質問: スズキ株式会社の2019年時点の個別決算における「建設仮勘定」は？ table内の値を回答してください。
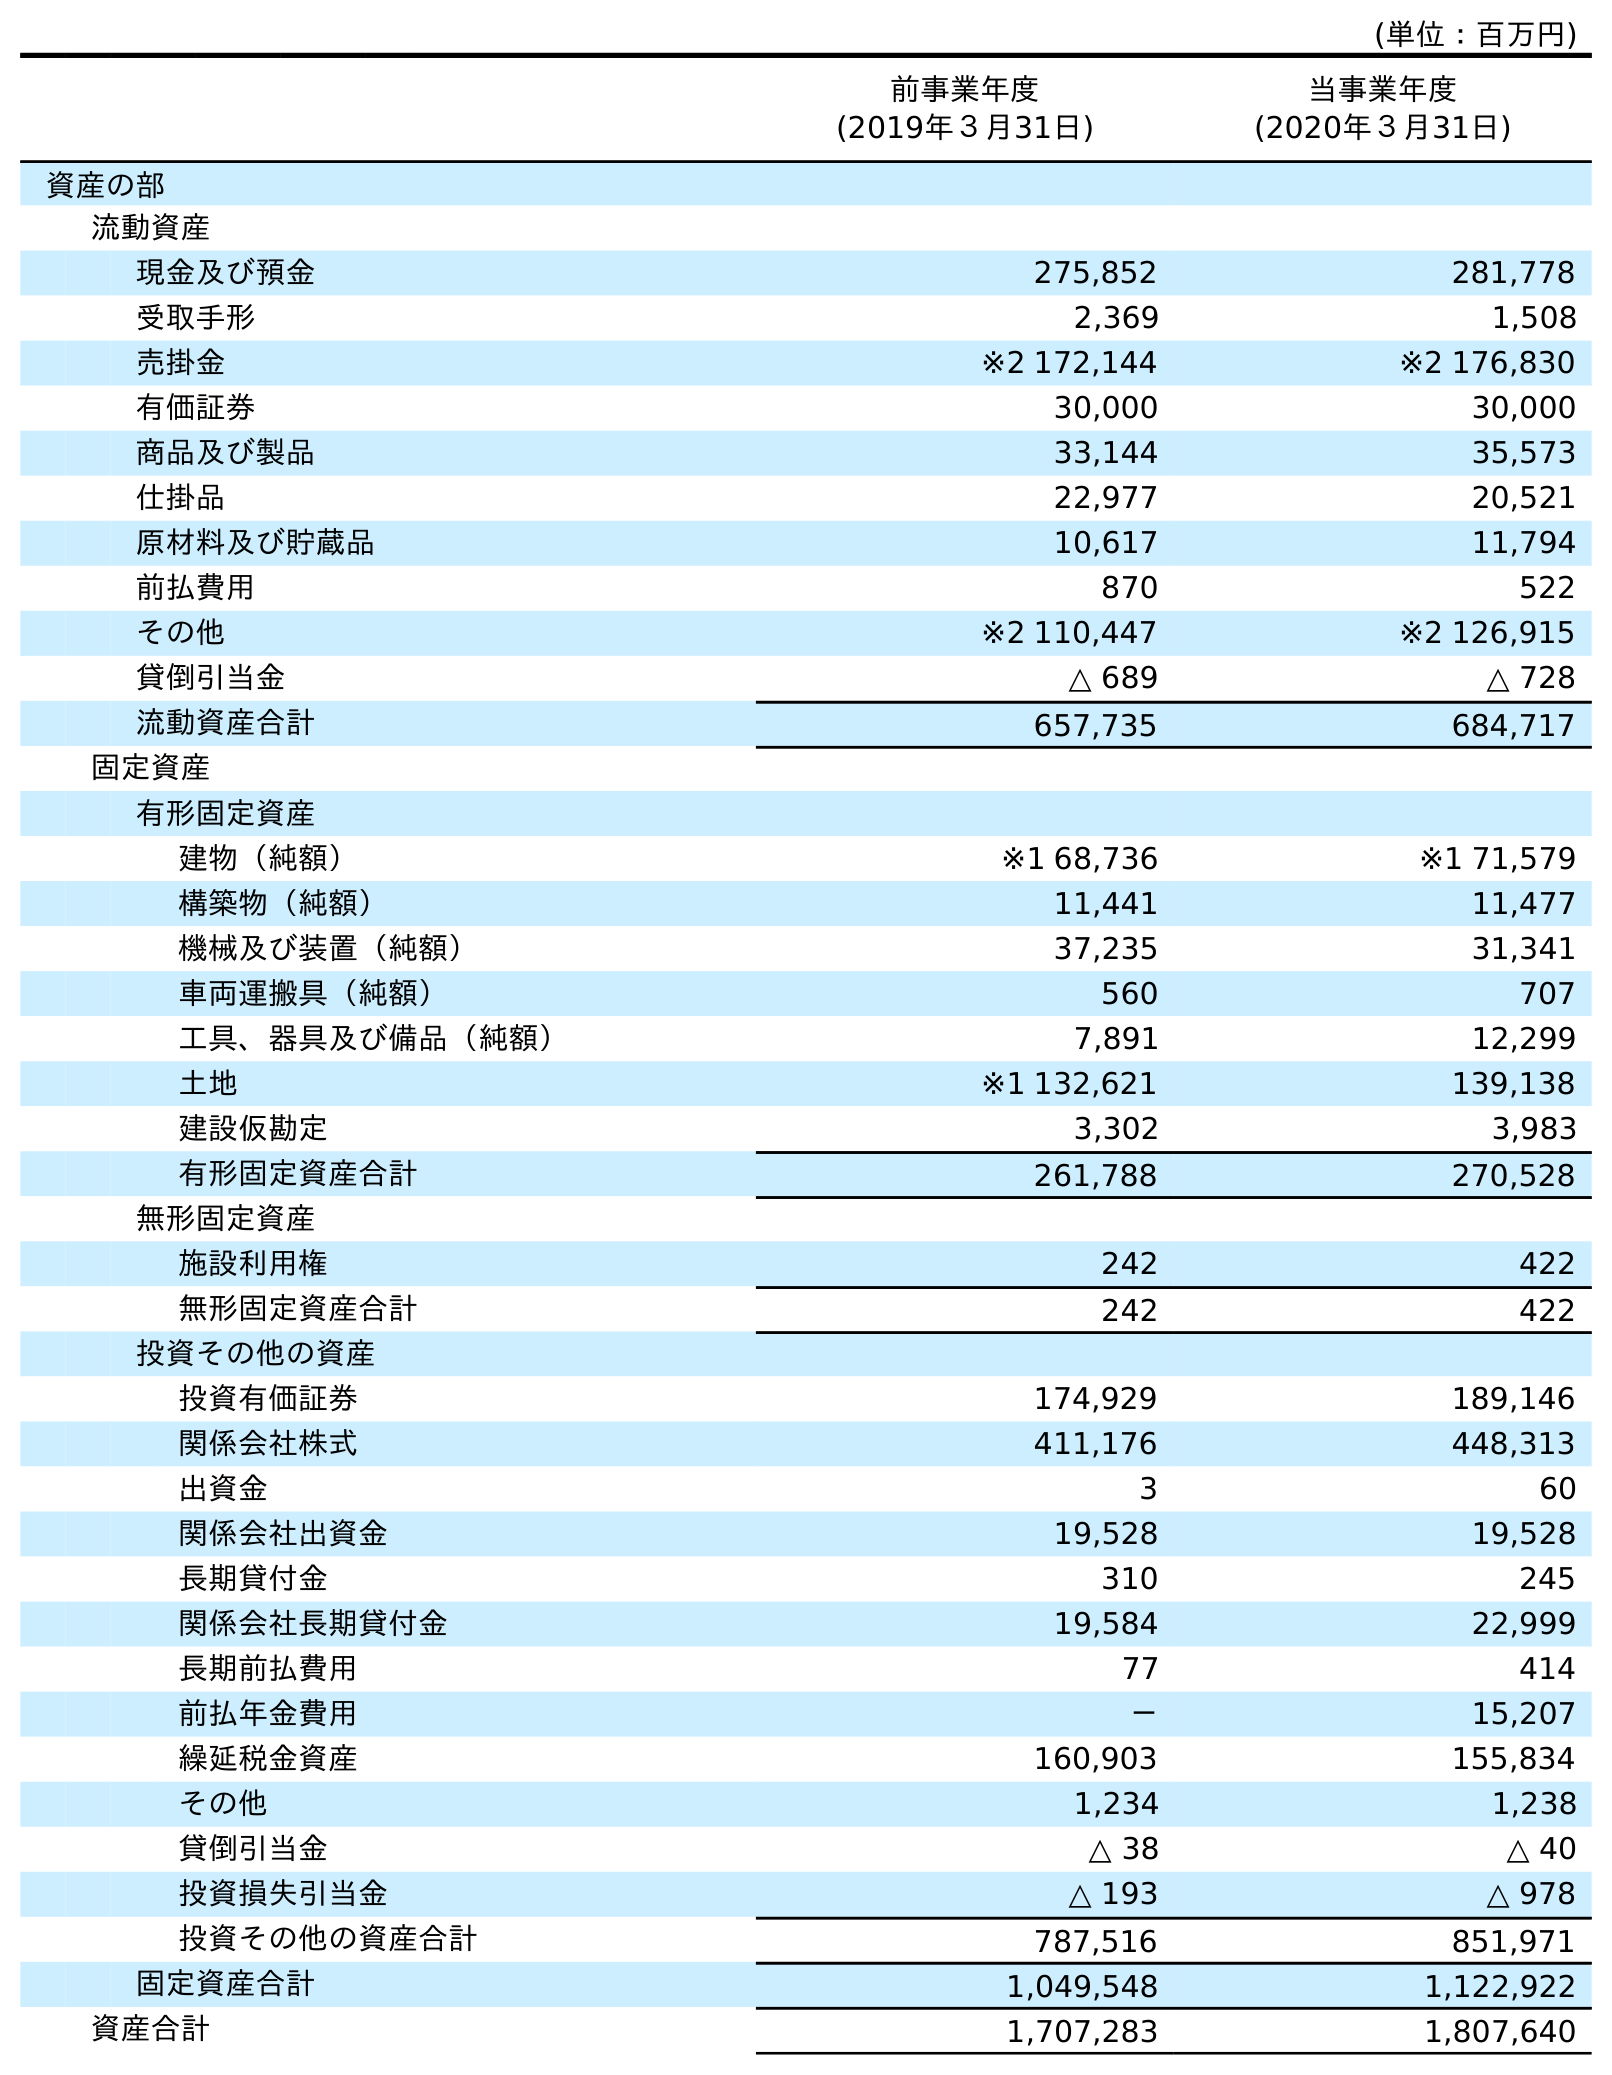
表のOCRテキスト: (単位：百万円) 前事業年度 (2019年３月31日) 当事業年度 (2020年３月31日) 資産の部 流動資産 現金及び預金 275,852 281,778 受取手形 2,369 1,508 売掛金 ※2 172,144 ※2 176,830 有価証券 30,000 30,000 商品及び製品 33,144 35,573 仕掛品 22,977 20,521 原材料及び貯蔵品 10,617 11,794 前払費用 870 522 その他 ※2 110,447 ※2 126,915 貸倒引当金 △ 689 △ 728 流動資産合計 657,735 684,717 固定資産 有形固定資産 建物（純額） ※1 68,736 ※1 71,579 構築物（純額） 11,441 11,477 機械及び装置（純額） 37,235 31,341 車両運搬具（純額） 560 707 工具、器具及び備品（純額） 7,891 12,299 土地 ※1 132,621 139,138 建設仮勘定 3,302 3,983 有形固定資産合計 261,788 270,528 無形固定資産 施設利用権 242 422 無形固定資産合計 242 422 投資その他の資産 投資有価証券 174,929 189,146 関係会社株式 411,176 448,313 出資金 3 60 関係会社出資金 19,528 19,528 長期貸付金 310 245 関係会社長期貸付金 19,584 22,999 長期前払費用 77 414 前払年金費用 － 15,207 繰延税金資産 160,903 155,834 その他 1,234 1,238 貸倒引当金 △ 38 △ 40 投資損失引当金 △ 193 △ 978 投資その他の資産合計 787,516 851,971 固定資産合計 1,049,548 1,122,922 資産合計 1,707,283 1,807,640
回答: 3,302